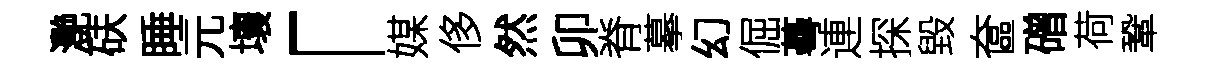
灧砆睡元壤「媒侈然卯脊摹幻倔蕚連探毀奩磳荷鞏